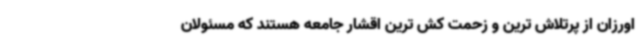
اورزان از پرتلاش ترین و زحمت کش ترین اقشار جامعه هستند که مسئولان